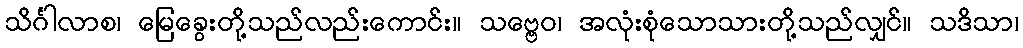
သိင်္ဂါလာစ၊ မြေခွေးတို့သည်လည်းကောင်း။ သဗ္ဗေဝ၊ အလုံးစုံသောသားတို့သည်လျှင်။ သဒိသာ၊